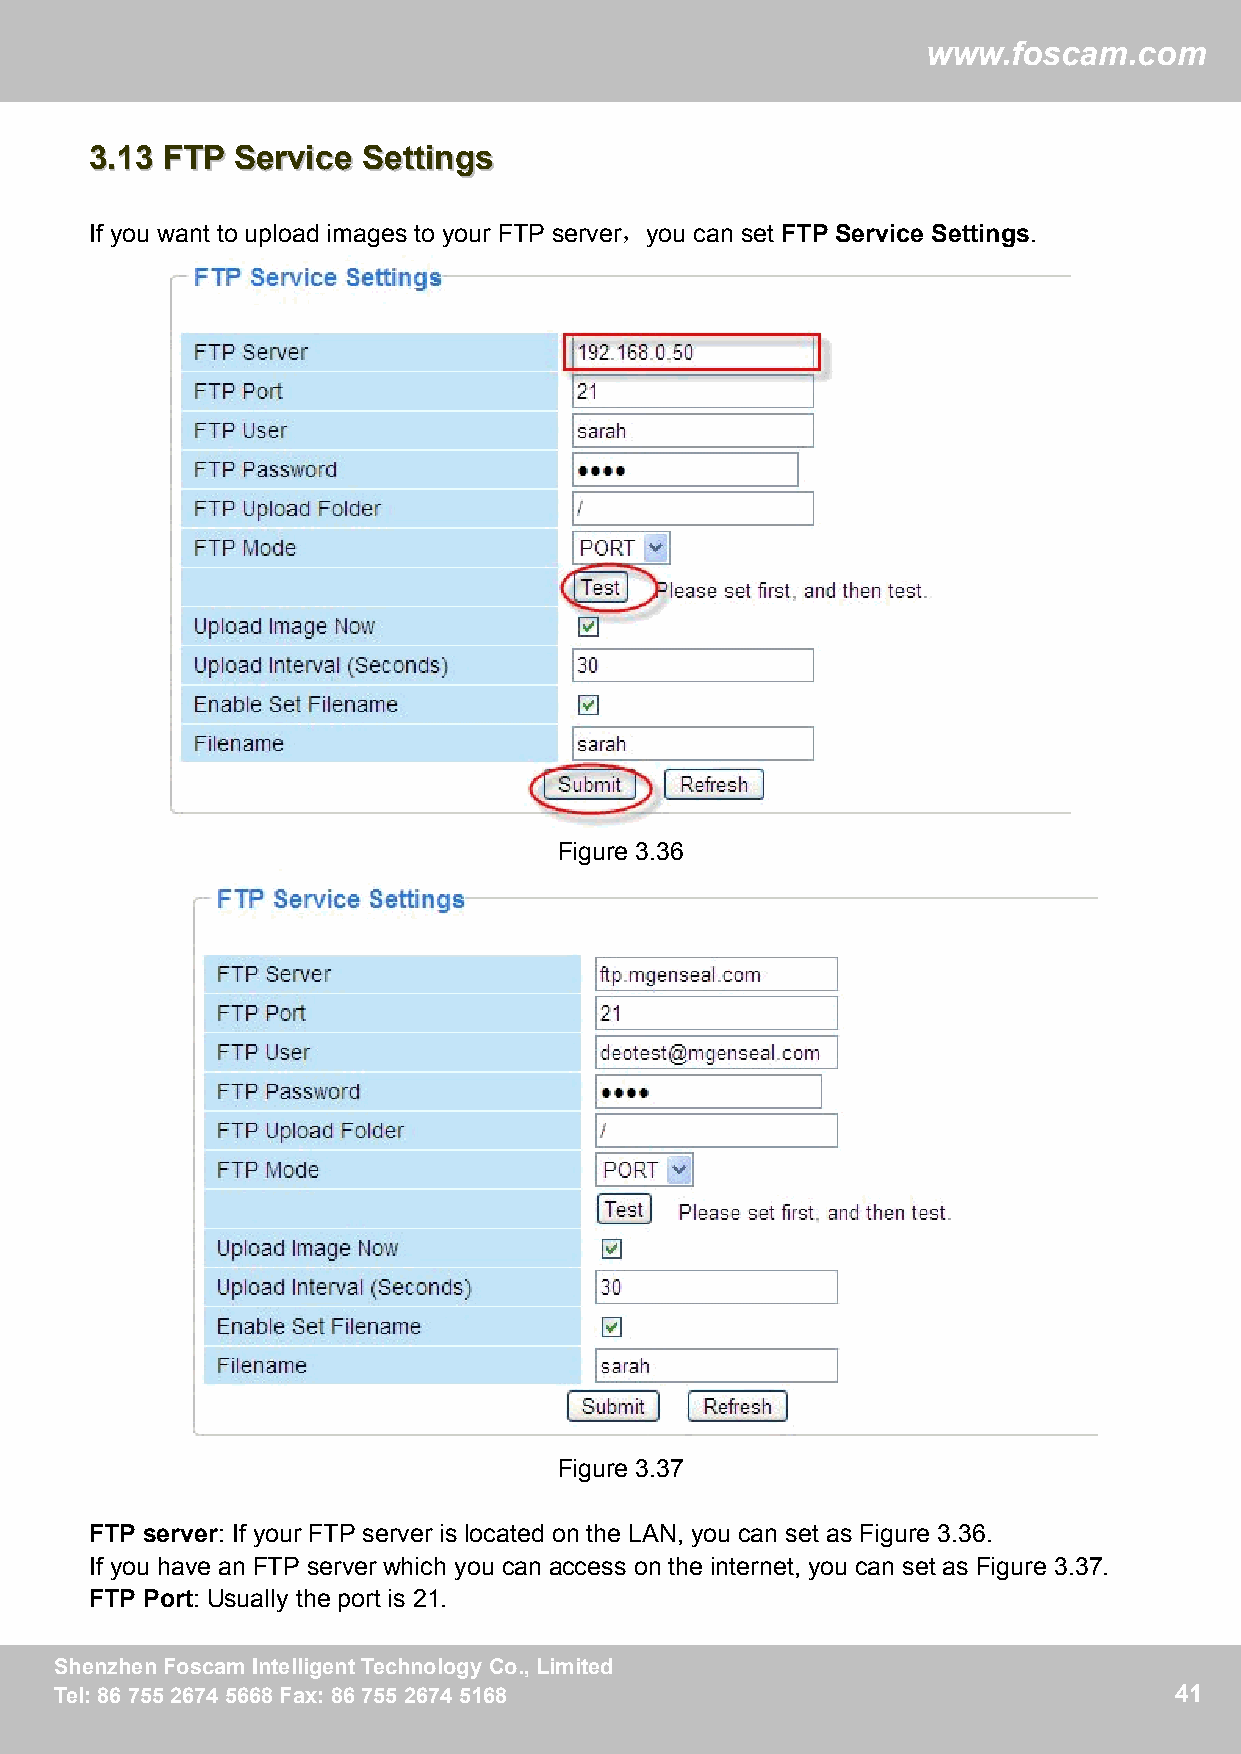
ww
 wwwwww..ffoossccaamm..ccoomm
 33..1133 FFTTPP SSeerrvviiccee SSeettttiinnggss
 If you want to upload images to your FTP server，you can set FTP Service Settings.
 Figure 3.36
 Figure 3.37
 FTP server: If your FTP server is located on the LAN, you can set as Figure 3.36.
 If you have an FTP server which you can access on the internet, you can set as Figure 3.37.
 FTP Port: Usually the port is 21.
 SShheennzzhheennFFoossccaammIInntteelllliiggeennttTTeecchhnnoollooggyyCCoo..,,LLiimmiitteedd 41
 TTeell::88667755552266774455666688FFaaxx::88667755552266774455116688      41